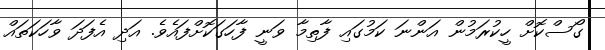
ގޯސްކޮށް ހީކުރަމުން އަންނަ ކަމުގައި ފާތިމާ ވަނީ ފާހަގަކޮށްފައެވެ. އަދި އެފަދަ ވާހަކަތައް